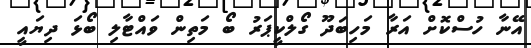
އޭނާ ހުސްކޮށް އަރާ މަހިބަދޫ ގޯލްކީޕަރު ބޯ މަތިން ވައްޓާލި ބޯޅަ ދިޔައީ